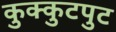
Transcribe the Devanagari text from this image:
कुक्कुटपुट